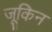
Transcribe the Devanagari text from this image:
जूकिन